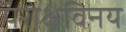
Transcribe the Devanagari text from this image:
परोक्षविनय